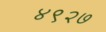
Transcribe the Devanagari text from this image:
४९२७